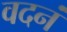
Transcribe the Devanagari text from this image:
वदनं